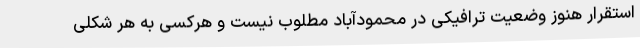
استقرار هنوز وضعیت ترافیکی در محمودآباد مطلوب نیست و هرکسی به هر شکلی